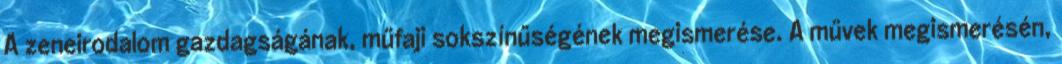
A zeneirodalom gazdagságának, műfaji sokszínűségének megismerése. A művek megismerésén,